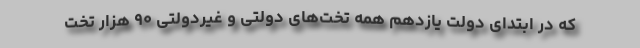
که در ابتدای دولت یازدهم همه تخت‌های دولتی و غیردولتی ۹۰ هزار تخت